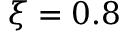
\xi = 0 . 8